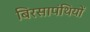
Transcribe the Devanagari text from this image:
बिरसापंथियों